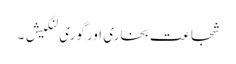
شجاعت بخاری اور گوری لنکیش ۔